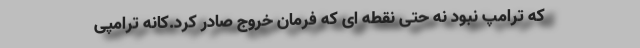
که ترامپ نبود نه حتی نقطه ای که فرمان خروج صادر کرد.کانّه ترامپی